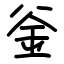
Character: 釡